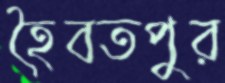
হৈবতপুর